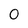
Character: 0